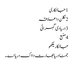
1 جانکاری
2 نکلن دا علاقہ
3 دریا دی گہرائی
4 منبع
جانکاریلکھو
جمنا دریا بھارت دا اک دریا اے ۔